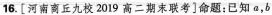
16.[河南商丘九校2019高二期末联考]命题：已知a，b